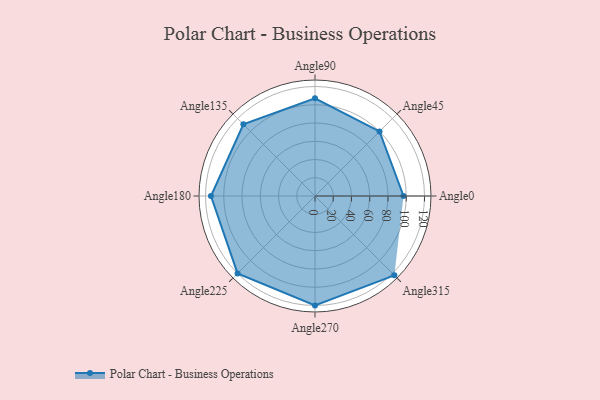
{"axis": {"x": "Angle", "y": "Radius"}, "legend": [""], "data": [{"x": "Angle0", "y": 97.0, "type": ""}, {"x": "Angle45", "y": 100.0, "type": ""}, {"x": "Angle90", "y": 107.0, "type": ""}, {"x": "Angle135", "y": 111.0, "type": ""}, {"x": "Angle180", "y": 114.0, "type": ""}, {"x": "Angle225", "y": 120.0, "type": ""}, {"x": "Angle270", "y": 120.0, "type": ""}, {"x": "Angle315", "y": 123.0, "type": ""}]}